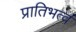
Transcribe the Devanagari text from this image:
प्रातिभत्वं